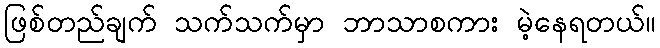
ဖြစ်တည်ချက် သက်သက်မှာ ဘာသာစကား မဲ့နေရတယ်။